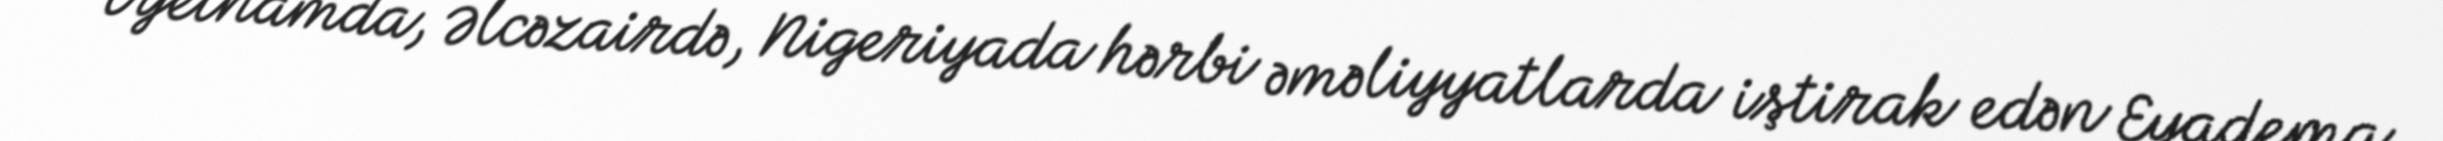
Vyetnamda, Əlcəzairdə, Nigeriyada hərbi əməliyyatlarda iştirak edən Eyadema